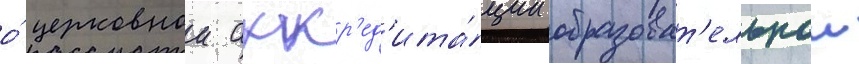
о́ церковнои аккр'ед'ита́ции образоват'ельнои